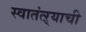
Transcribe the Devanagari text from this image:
स्वातंत्ऱ्याची